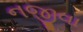
નજીવા